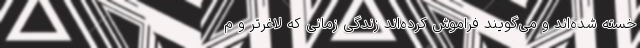
خسته شده‌اند و می‌گویند فراموش کرده‌اند زندگی زمانی که لاغرتر و م